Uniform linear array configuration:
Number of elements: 12
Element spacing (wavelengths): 1
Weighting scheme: cosine
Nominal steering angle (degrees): -45
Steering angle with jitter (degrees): -45.864
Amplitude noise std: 0.05
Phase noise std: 0.05

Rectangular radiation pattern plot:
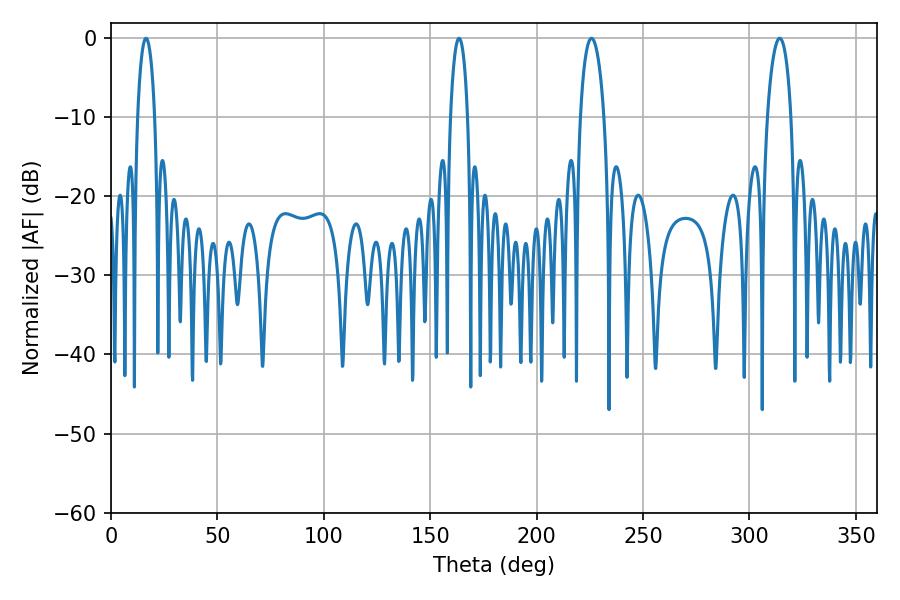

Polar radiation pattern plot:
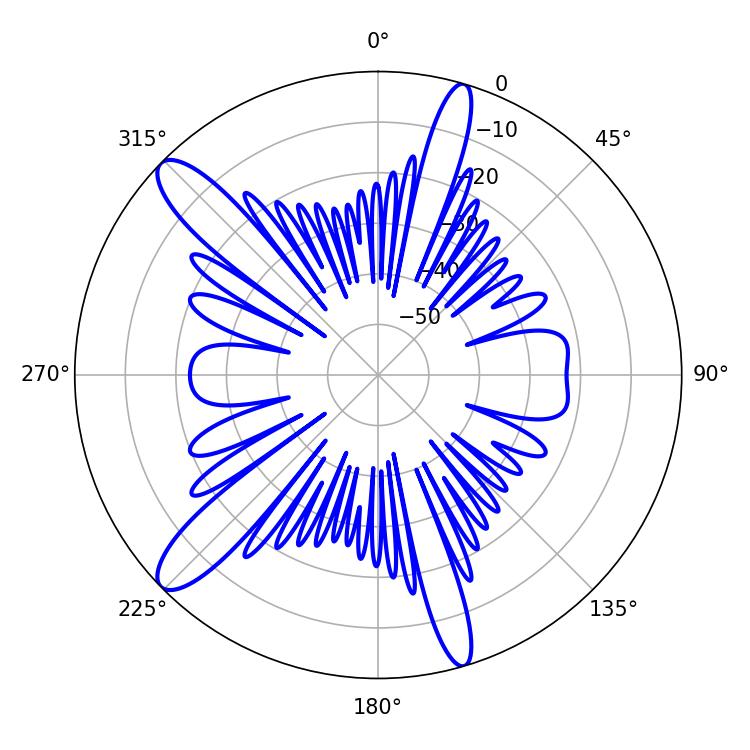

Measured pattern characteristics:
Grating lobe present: TRUE
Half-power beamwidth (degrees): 6.48
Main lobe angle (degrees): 314.28